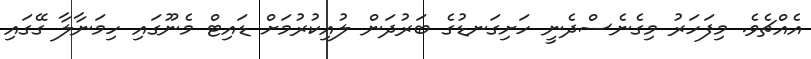
އެއްޗެވެ. މިފަހަރު މިގެނެސްދެނީ ހަށިގަނޑުގެ ބަރުދަން ލުއިކުރުމަށް ޑައިޓް މެނޫގައި ހިމަނާލާ ގޭގައި